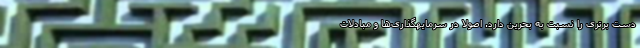
دست برتری را نسبت به بحرین دارد. اصولا در سرمایهگذاری‌ها و مبادلات